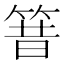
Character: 𱸃